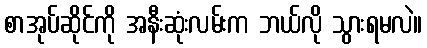
စာအုပ်ဆိုင်ကို အနီးဆုံးလမ်းက ဘယ်လို သွားရမလဲ။